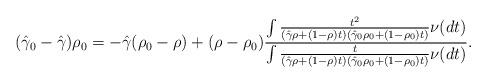
LaTeX: \begin{align*}(\hat\gamma_0-\hat\gamma)\rho_0 &= -\hat\gamma(\rho_0-\rho) + (\rho-\rho_0) \frac{\int \frac{t^2}{(\hat\gamma\rho+(1-\rho)t)(\hat\gamma_0\rho_0+(1-\rho_0)t)}\nu(dt)}{\int \frac{t}{(\hat\gamma\rho+(1-\rho)t)(\hat\gamma_0\rho_0+(1-\rho_0)t)}\nu(dt)}.\end{align*}